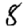
Digit: 8